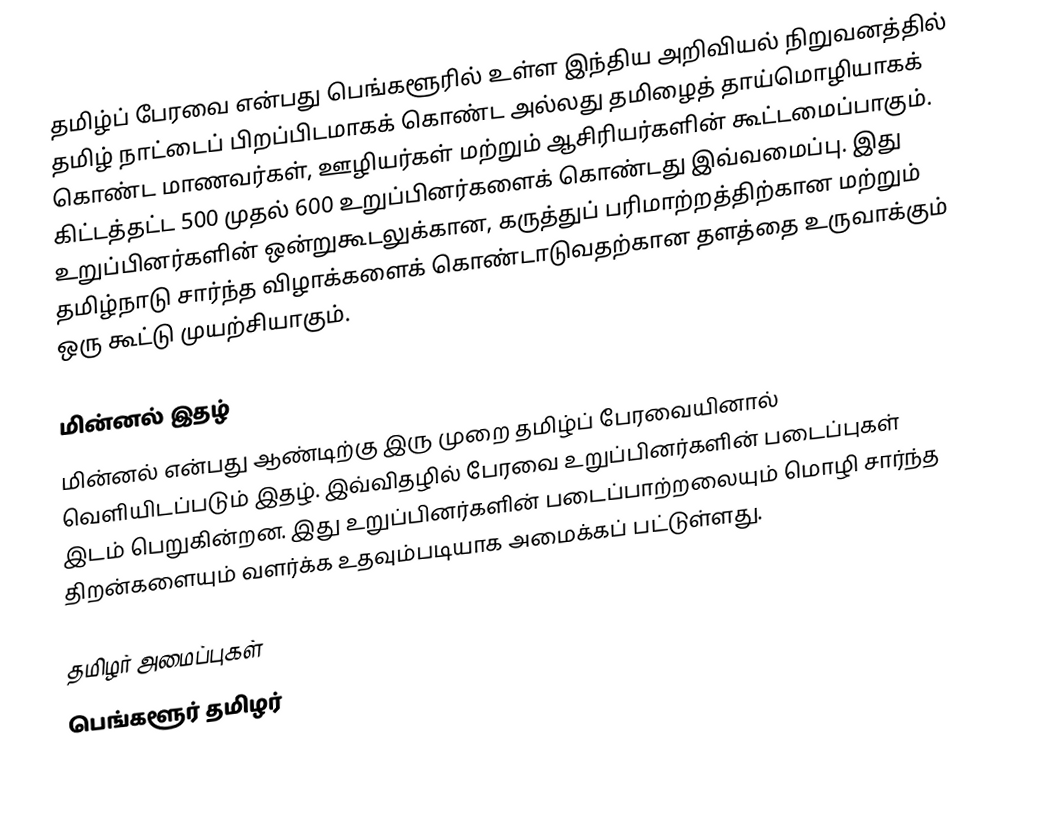
தமிழ்ப் பேரவை என்பது பெங்களூரில் உள்ள இந்திய அறிவியல் நிறுவனத்தில் தமிழ் நாட்டைப் பிறப்பிடமாகக் கொண்ட அல்லது தமிழைத் தாய்மொழியாகக் கொண்ட மாணவர்கள், ஊழியர்கள் மற்றும் ஆசிரியர்களின் கூட்டமைப்பாகும். கிட்டத்தட்ட 500 முதல் 600 உறுப்பினர்களைக் கொண்டது இவ்வமைப்பு. இது உறுப்பினர்களின் ஒன்றுகூடலுக்கான, கருத்துப் பரிமாற்றத்திற்கான மற்றும் தமிழ்நாடு சார்ந்த விழாக்களைக் கொண்டாடுவதற்கான தளத்தை உருவாக்கும் ஒரு கூட்டு முயற்சியாகும்.

மின்னல் இதழ்
மின்னல் என்பது ஆண்டிற்கு இரு முறை தமிழ்ப் பேரவையினால் வெளியிடப்படும் இதழ். இவ்விதழில் பேரவை உறுப்பினர்களின் படைப்புகள் இடம் பெறுகின்றன. இது உறுப்பினர்களின் படைப்பாற்றலையும் மொழி சார்ந்த திறன்களையும் வளர்க்க உதவும்படியாக அமைக்கப் பட்டுள்ளது.

தமிழர் அமைப்புகள்
பெங்களூர் தமிழர்